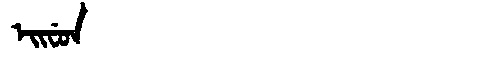
Manchu: ᡝᡳᠸᡠᠨ
Romanization: EIFUN